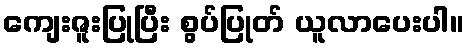
ကျေးဇူးပြုပြီး စွပ်ပြုတ် ယူလာပေးပါ။